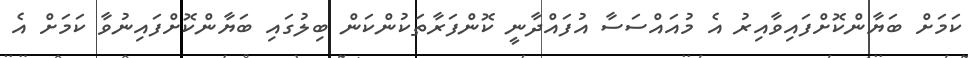
ކަމަށް ބަޔާންކޮށްފައިވާއިރު އެ މުއައްސަސާ އުފައްދާނީ ކޮންފަރާތަކުންކަން ބިލުގައި ބަޔާންކޮށްފައިނުވާ ކަމަށް އެ